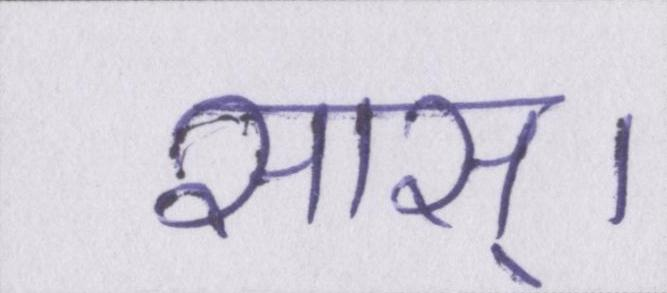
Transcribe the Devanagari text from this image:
सास्।